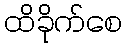
ထိခိုက်စေ